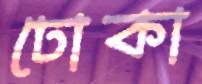
ঢোকা